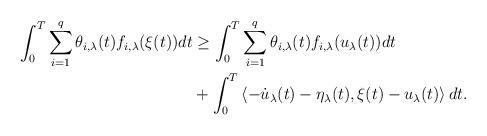
LaTeX: \begin{align*} \int_0^T \sum_{i=1}^{q} \theta_{i, \lambda} (t) f_{i,\lambda} (\xi(t)) dt & \geq \int_0^T \sum_{i=1}^{q} \theta_{i, \lambda} (t) f_{i,\lambda}(u_{\lambda}(t)) dt \\ &+ \int_0^T \left\langle -{\dot{u}}_{\lambda}(t) - {\eta}_{\lambda} (t), \xi(t) - u_{\lambda}(t) \right\rangle dt.\end{align*}